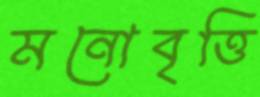
মনোবৃত্তি